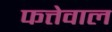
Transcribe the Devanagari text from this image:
फत्तेवाल